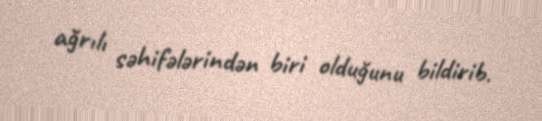
ağrılı səhifələrindən biri olduğunu bildirib.